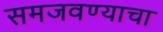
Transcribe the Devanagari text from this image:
समजवण्याचा